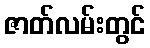
ဇာတ်လမ်းတွင်